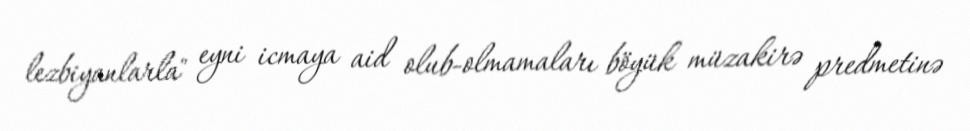
lezbiyanlarla" eyni icmaya aid olub-olmamaları böyük müzakirə predmetinə